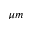
\mu m